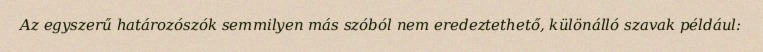
Az egyszerű határozószók semmilyen más szóból nem eredeztethető, különálló szavak például: